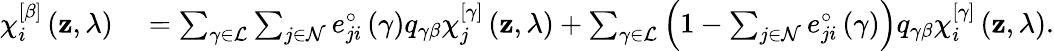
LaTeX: \begin{array}{rl}{\chi_{i}^{\left[\beta\right]}\left(\mathbf{z},\lambda\right)}&{{}=\sum_{\gamma\in\mathcal{L}}\sum_{j\in\mathcal{N}}e_{ji}^{\circ}\left(\gamma\right)q_{\gamma\beta}\chi_{j}^{\left[\gamma\right]}\left(\mathbf{z},\lambda\right)+\sum_{\gamma\in\mathcal{L}}\left(1-\sum_{j\in\mathcal{N}}e_{ji}^{\circ}\left(\gamma\right)\right)q_{\gamma\beta}\chi_{i}^{\left[\gamma\right]}\left(\mathbf{z},\lambda\right).}\end{array}